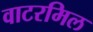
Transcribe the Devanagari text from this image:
वाटरमिल